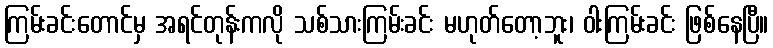
ကြမ်းခင်းတောင်မှ အရင်တုန်းကလို သစ်သားကြမ်းခင်း မဟုတ်တော့ဘူး၊ ဝါးကြမ်းခင်း ဖြစ်နေပြီ။